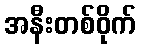
အနီးတစ်ဝိုက်